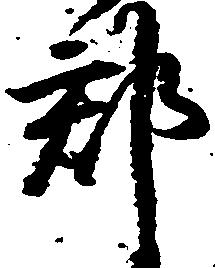
郡